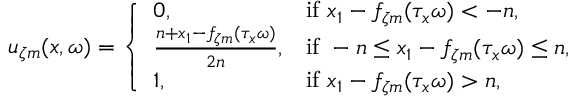
u _ { \zeta m } ( x , \omega ) = \left\{ \begin{array} { l l } { 0 , } & { \mathrm { i f ~ } x _ { 1 } - f _ { \zeta m } ( \tau _ { x } \omega ) < - n , } \\ { \frac { n + x _ { 1 } - f _ { \zeta m } ( \tau _ { x } \omega ) } { 2 n } , } & { \mathrm { i f ~ } - n \leq x _ { 1 } - f _ { \zeta m } ( \tau _ { x } \omega ) \leq n , } \\ { 1 , } & { \mathrm { i f ~ } x _ { 1 } - f _ { \zeta m } ( \tau _ { x } \omega ) > n , } \end{array} \right.